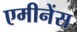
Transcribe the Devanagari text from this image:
एमीनेंस